Assam Mental Hospital (Tezpur, India) - 1933-1948
Year: 1933
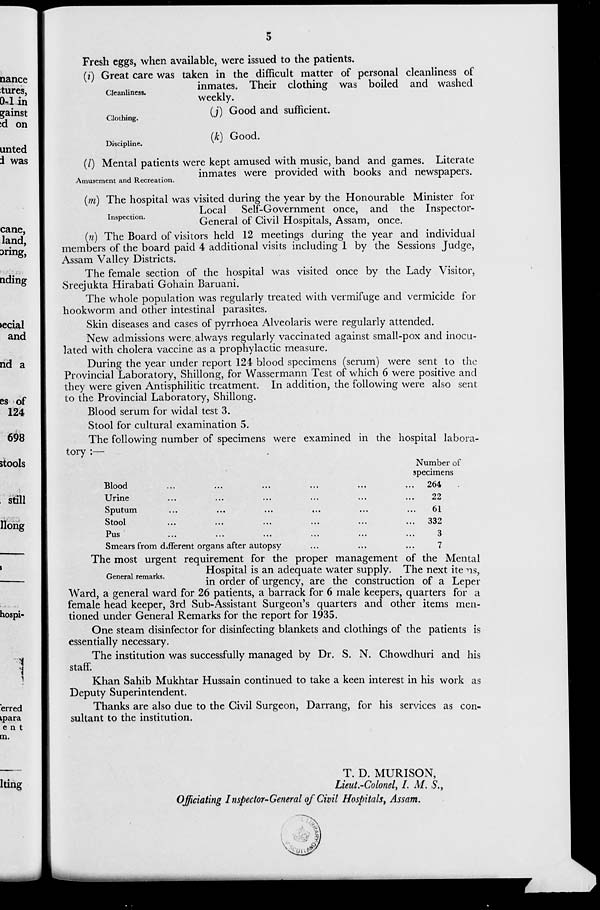
5
Cleanliness.
Fresh eggs, when available, were issued to the patients.
(i) Great care was taken in the difficult matter of personal cleanliness of
inmates. Their clothing was boiled and washed
weekly.
Clothing.
(j) Good and sufficient.
Discipline.
(k) Good.
Amusement and Recreation.
(l) Mental patients were kept amused with music, band and games. Literate
inmates were provided with books and newspapers.
Inspection.
(m) The hospital was visited during the year by the Honourable Minister for
Local Self-Government once, and the Inspector-
General of Civil Hospitals, Assam, once.
(n) The Board of visitors held 12 meetings during the year and individual
members of the board paid 4 additional visits including 1 by the Sessions Judge,
Assam Valley Districts.
The female section of the hospital was visited once by the Lady Visitor,
Sreejukta Hirabati Gohain Baruani.
The whole population was regularly treated with vermifuge and vermicide for
hookworm and other intestinal parasites.
Skin diseases and cases of pyrrhoea Alveolaris were regularly attended.
New admissions were always regularly vaccinated against small-pox and inocu-
lated with cholera vaccine as a prophylactic measure.
During the year under report 124 blood specimens (serum) were sent to the
Provincial Laboratory, Shillong, for Wassermann Test of which 6 were positive and
they were given Antisphilitic treatment. In addition, the following were also sent
to the Provincial Laboratory, Shillong.
Blood serum for widal test 3.
Stool for cultural examination 5.
The following number of specimens were examined in the hospital labora-
tory :—
Blood ... ... ... ... ... ...
Urine ... ... ... ... ... ...
Sputum
...
...
... ... ... ...
Stool ... ... ... ... ... ...
Pus ... ... ... ... ... ...
Smears from different organs after autopsy ... ... ...
Number of
specimens
264
22
61
332
3
7
General remarks.
The most urgent requirement for the proper management of the Mental
Hospital is an adequate water supply. The next items,
in order of urgency, are the construction of a Leper
Ward, a general ward for 26 patients, a barrack for 6 male keepers, quarters for a
female head keeper, 3rd Sub-Assistant Surgeon's quarters and other items men-
tioned under General Remarks for the report for 1935.
One steam disinfector for disinfecting blankets and clothings of the patients is
essentially necessary.
The institution was successfully managed by Dr. S. N. Chowdhuri and his
staff.
Khan Sahib Mukhtar Hussain continued to take a keen interest in his work as
Deputy Superintendent.
Thanks are also due to the Civil Surgeon, Darrang, for his services as con-
sultant to the institution.
T. D. MURISON,
Lieut.-Colonel, I. M. S.,
Officiating Inspector-General of Civil Hospitals, Assam.